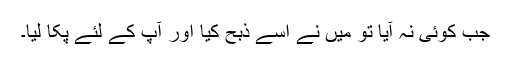
جب کوئی نہ آیا تو میں نے اسے ذبح کیا اور آپ کے لئے پکا لیا۔